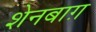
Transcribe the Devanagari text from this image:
शेनबाग़